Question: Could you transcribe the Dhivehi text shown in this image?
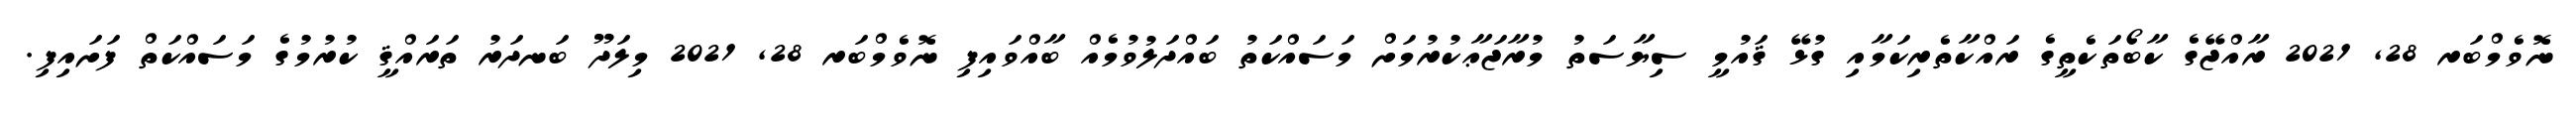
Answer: ނޮވެމްބަރ 28, 2021 ރާއްޖޭގެ ކާބޯތަކެތީގެ ރައްކާތެރިކަމާއި ގުޅޭ ޤައުމީ ސިޔާސަތު މުރާޖަޢާކުރުމަށް މަސައްކަތު ބައްދަލުވުމެއް ބާއްވައިފި ނޮވެމްބަރ 28, 2021 މިލަދޫ ބަނދަރު ތަރައްޤީ ކުރުމުގެ މަސައްކަތް ފަށައިފި.